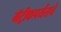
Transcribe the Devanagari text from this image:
मॅट्रीकपर्यंतचे